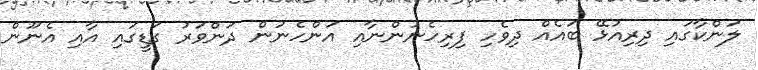
ލަންކާގައި ދިރިއުޅޭ ބައެއް ދިވެހި ފިރިހެނުންނާއި އަންހެނުން ދަންވަރު ގަޑީގައި އާއި އެނޫން